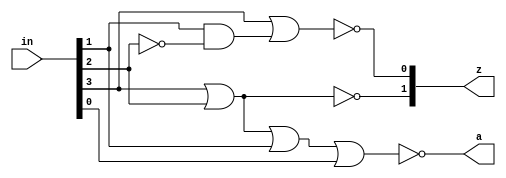
module nlc(in, a, z);
input [3:0]in;
output a;
output [1:0]z;

assign a = ~(in[3] | in[2] | in[1] | in[0]);
assign z[1] = ~(in[3] | in[2]);
assign z[0] = ~(in[3] | (in[1] & ~in[2]));

endmodule